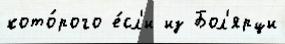
кото́рого е́сл'и из Бол'ярци